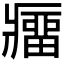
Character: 𰤁